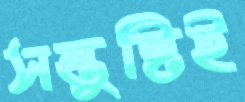
সন্তুষ্টিই